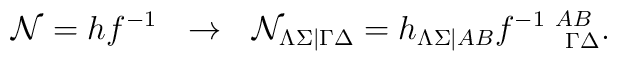
{\cal N}=hf^{-1}~~\rightarrow~~ {\cal N}_{\Lambda\Sigma|\Gamma\Delta}=h_{\Lambda\Sigma|AB}f^{-1~AB}_{~~~~~\Gamma\Delta}.